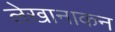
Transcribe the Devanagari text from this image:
लेखानाकन